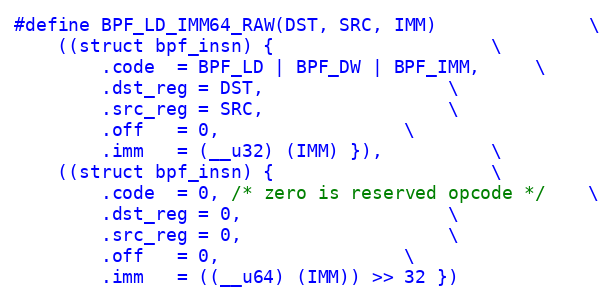
Language: C
#define BPF_LD_IMM64_RAW(DST, SRC, IMM)				\
	((struct bpf_insn) {					\
		.code  = BPF_LD | BPF_DW | BPF_IMM,		\
		.dst_reg = DST,					\
		.src_reg = SRC,					\
		.off   = 0,					\
		.imm   = (__u32) (IMM) }),			\
	((struct bpf_insn) {					\
		.code  = 0, /* zero is reserved opcode */	\
		.dst_reg = 0,					\
		.src_reg = 0,					\
		.off   = 0,					\
		.imm   = ((__u64) (IMM)) >> 32 })